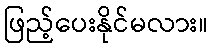
ဖြည့်ပေးနိုင်မလား။